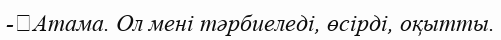
-	Атама. Ол мені тәрбиеледі, өсірді, оқытты.